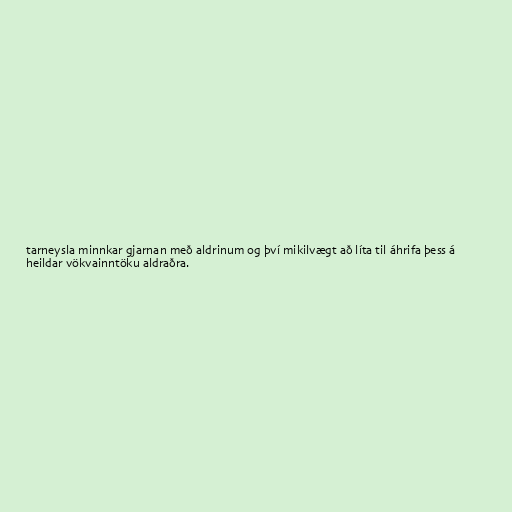
tarneysla minnkar gjarnan með aldrinum og því mikilvægt að líta til áhrifa þess á
heildar vökvainntöku aldraðra.